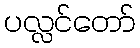
ပလ္လင်တော်